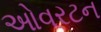
ઓવરટન